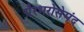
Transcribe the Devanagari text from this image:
ग़ैरभरोसेमंद